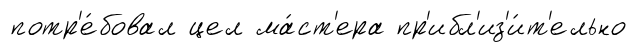
потр'е́бовал цел ма́ст'ера пр'ибл'из'и́т'ельно